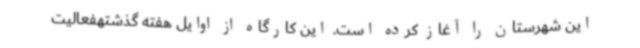
این شهرستان را آغاز کرده است. این کارگاه از اوایل هفته گذشتهفعالیت